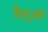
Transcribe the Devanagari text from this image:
मैगुअर